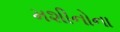
મશીનોના